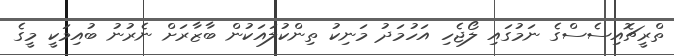
ތްރީޗޮއިސެސްގެ ނަމުގައި ލޯޖެހި އަހުމަދު މަނިކު ތިންކުލައަކުން ބާޒާރަށް ނެރުނު ބުއިމަކީ މީގެ